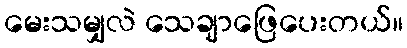
မေးသမျှလဲ သေချာဖြေပေးတယ်။